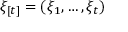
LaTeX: \xi _ { [ t ] } = ( \xi _ { 1 } , \dots , \xi _ { t } )